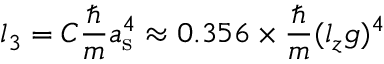
l _ { 3 } = C \frac { \hbar } { m } a _ { \mathrm { s } } ^ { 4 } \approx 0 . 3 5 6 \times \frac { \hbar } { m } ( l _ { z } g ) ^ { 4 }